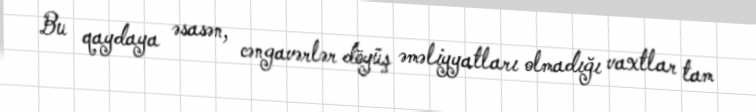
Bu qaydaya əsasən, cəngavərlər döyüş əməliyyatları olmadığı vaxtlar tam